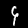
Label: 9